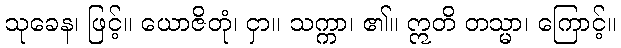
သုခေန၊ ဖြင့်။ ယောဇိတုံ၊ ငှာ။ သက္ကာ၊ ၏။ ဣတိ တသ္မာ၊ ကြောင့်။